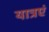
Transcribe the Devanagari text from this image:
यात्रएं